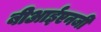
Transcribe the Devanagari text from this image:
बीआईएनजी